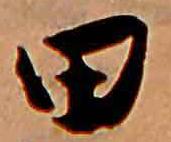
田